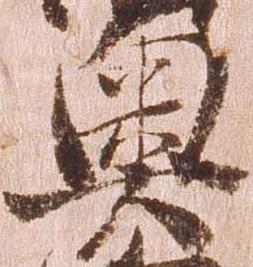
奥